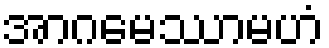
အာဂမေဿာမဟံ